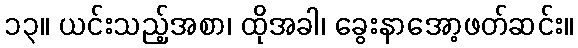
၁၃။ ယင်းသည့်အစာ၊ ထိုအခါ၊ ခွေးနာအော့ဖတ်ဆင်း။